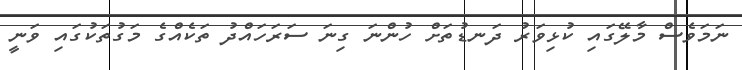
ނަމަވެސް މާލޭގައި ކުޅިވަރު ދަނޑުތަށް ހުންނަ ގިނަ ސަރަހައްދު ތަކެއްގެ މަގުތަކުގައި ވަނީ